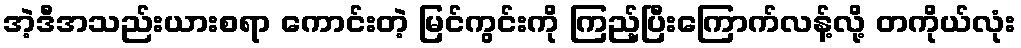
အဲ့ဒီအသည်းယားစရာ ကောင်းတဲ့ မြင်ကွင်းကို ကြည့်ပြီးကြောက်လန့်လို့ တကိုယ်လုံး